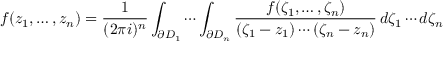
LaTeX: f ( z _ { 1 } , \dots , z _ { n } ) = { \frac { 1 } { ( 2 \pi i ) ^ { n } } } \int _ { \partial D _ { 1 } } \cdots \int _ { \partial D _ { n } } { \frac { f ( \zeta _ { 1 } , \dots , \zeta _ { n } ) } { ( \zeta _ { 1 } - z _ { 1 } ) \cdots ( \zeta _ { n } - z _ { n } ) } } \, d \zeta _ { 1 } \cdots d \zeta _ { n }